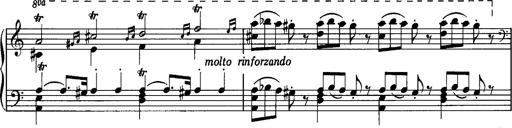
Title: La romanesca
Composer: Franz Liszt